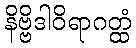
နိဗ္ဗိဒါဝိရာဂတ္ထံ